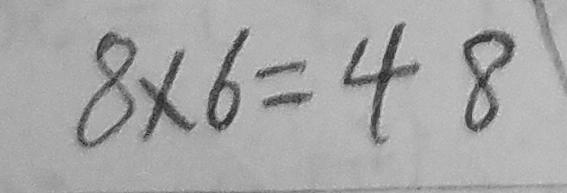
8 \times 6 = 4 8